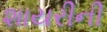
શાયરીની